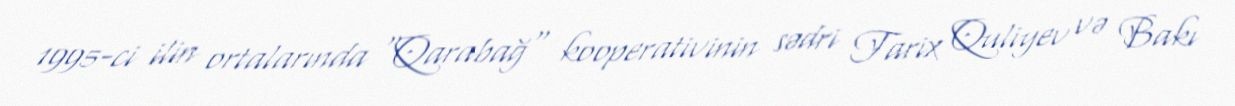
1995-ci ilin ortalarında "Qarabağ" kooperativinin sədri Tarix Quliyev və Bakı